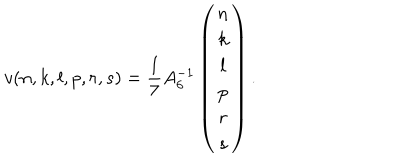
LaTeX: v ( n , k , l , p , r , s ) = \frac { 1 } { 7 } A _ { 6 } ^ { - 1 } \left( \begin{array} { c } { { n } } \\ { { k } } \\ { { l } } \\ { { p } } \\ { { r } } \\ { { s } } \\ \end{array} \right) .